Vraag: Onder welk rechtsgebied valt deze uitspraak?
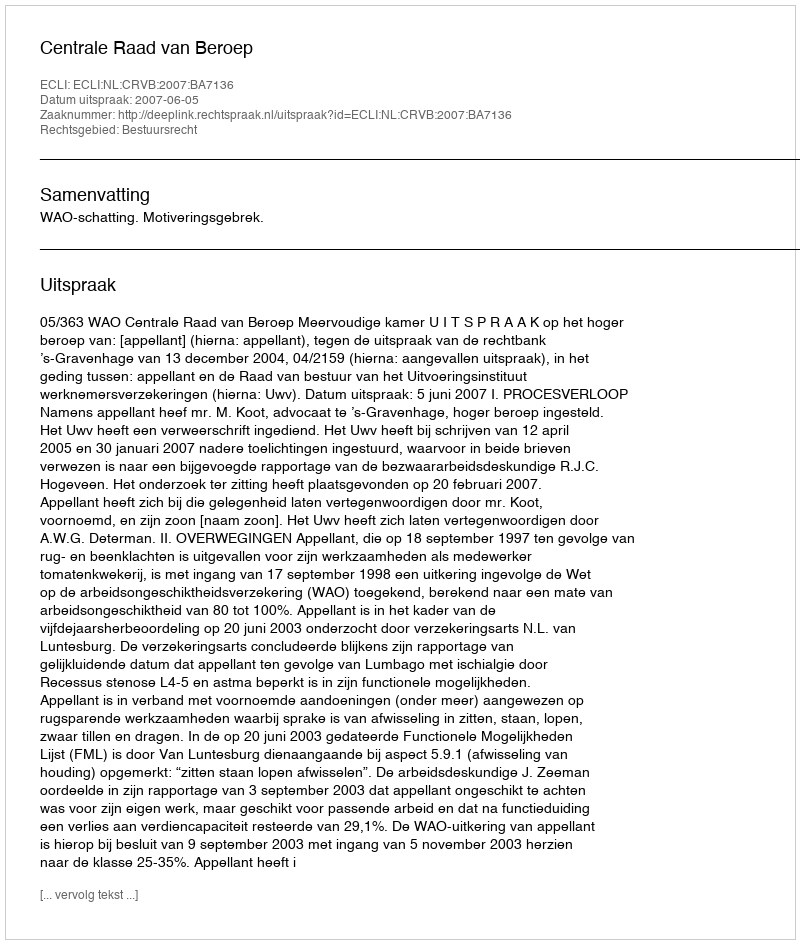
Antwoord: Bestuursrecht